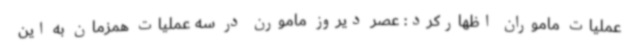
عملیات ماموران اظهارکرد: عصر دیروز مامورن در سه عملیات همزمان به این